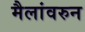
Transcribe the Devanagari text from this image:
मैलांवरुन